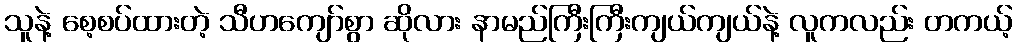
သူနဲ့ စေ့စပ်ထားတဲ့ သီဟကျော်စွာ ဆိုလား နာမည်ကြီးကြီးကျယ်ကျယ်နဲ့ လူကလည်း တကယ့်